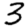
Digit: 3